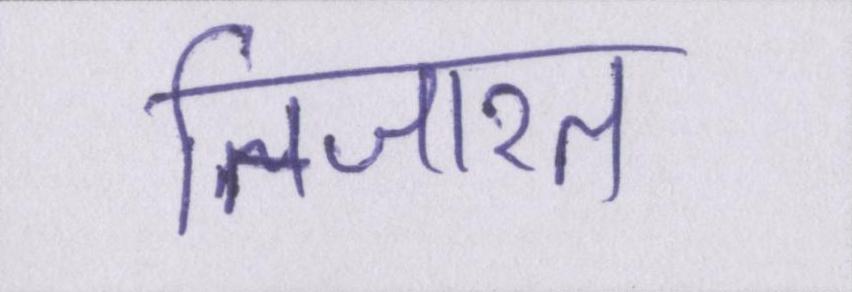
तिजारत